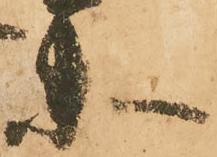
衛